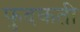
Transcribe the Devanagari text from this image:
फुदकती